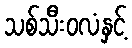
သစ်သီးဝလံနှင့်